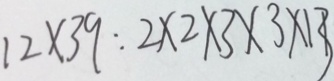
1 2 \times 3 9 : 2 \times 2 \times 3 \times 3 \times 1 3